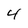
Character: 4